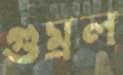
গুম্‌রল